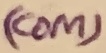
Text: (COM)